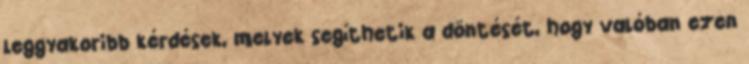
leggyakoribb kérdések, melyek segíthetik a döntését, hogy valóban ezen